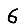
Digit: 6